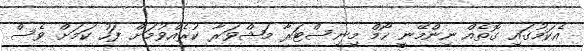
އެކަމުގައި ގޮތެއް ނިންމޭނީ ހޯމް މިނިސްޓަރާ މަޝްވަރާ ކުރެއްވުމަށް ފަހު ކަމަށް ވެސް